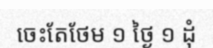
ចេះតែថែម ១ ថ្ងៃ ១ ដុំ